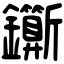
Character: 𨰉